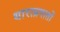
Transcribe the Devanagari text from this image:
धाराप्रपातों